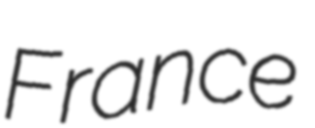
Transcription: France